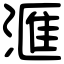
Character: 滙